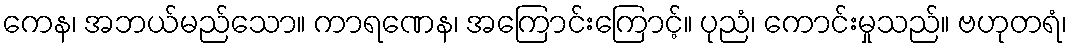
ကေန၊ အဘယ်မည်သော။ ကာရဏေန၊ အကြောင်းကြောင့်။ ပုညံ၊ ကောင်းမှုသည်။ ဗဟုတရံ၊